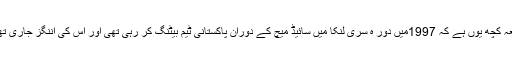
واقعہ کچھ یوں ہے کہ 1997میں دور ہ سری لنکا میں سائیڈ میچ کے دوران پاکستانی ٹیم بیٹنگ کر رہی تھی اور اس کی اننگز جاری تھی ۔